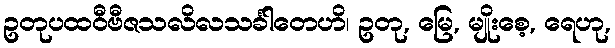
ဥတုပထဝီဗီဇသလိလသင်္ခါတေဟိ၊ ဥတု, မြေ, မျိုးစေ့, ရေဟု,